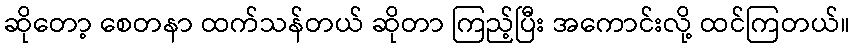
ဆိုတော့ စေတနာ ထက်သန်တယ် ဆိုတာ ကြည့်ပြီး အကောင်းလို့ ထင်ကြတယ်။